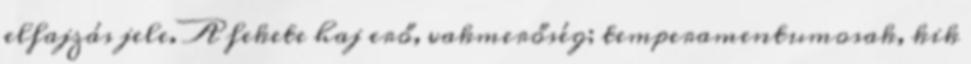
elfajzás jele. A fekete haj erő, vakmerőség; temperamentumosak, kik